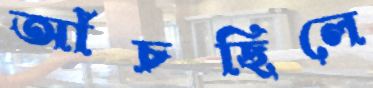
আঁচছিলে